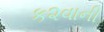
ક૨વાની